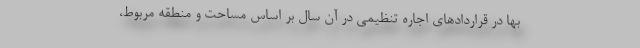
بها در قراردادهای اجاره تنظیمی در آن سال بر اساس مساحت و منطقه مربوط،